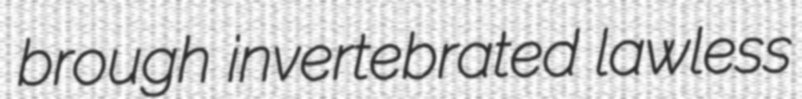
brough invertebrated lawless